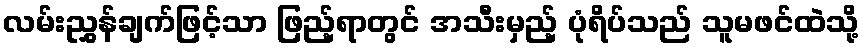
လမ်းညွှန်ချက်ဖြင့်သာ ဖြည့်ရာတွင် အသီးမှည့် ပုံရိပ်သည် သူမဖင်ထဲသို့